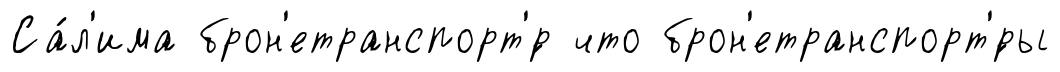
Са́л'има брон'етранспорт'́р что брон'етранспорт'́ры